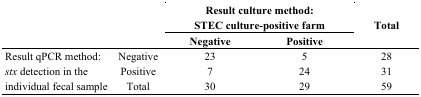
<table><thead><tr><td rowspan="2" colspan="2"></td><td colspan="2"><b>Result culture method:STEC culture-positive farm</b></td><td rowspan="2"><b>Total</b></td></tr><tr><td><b>Negative</b></td><td><b>Positive</b></td></tr></thead><tbody><tr><td rowspan="3">Result qPCR method: <i>stx</i> detection in the individual fecal sample</td><td>Negative</td><td>23</td><td>5</td><td>28</td></tr><tr><td>Positive</td><td>7</td><td>24</td><td>31</td></tr><tr><td>Total</td><td>30</td><td>29</td><td>59</td></tr></tbody></table>